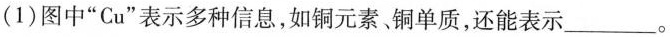
(1)图中”Cu”表示多种信息，如铜元素铜单质，还能表示___。